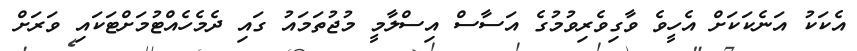
އެކަކު އަނެކަކަށް އެހީވެ ވާގިވެރިވުމުގެ އަސާސް އިސްލާމީ މުޖުތަމައު ގައި ދެމެހެއްޓުމަށްޓަކައި ވަރަށް